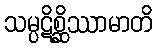
သမ္ပဋိစ္ဆိဿာမာတိ